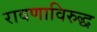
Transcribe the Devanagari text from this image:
रावणाविरुद्ध